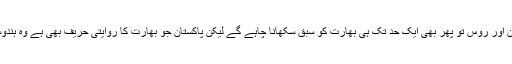
بھارتی قیادت اور بھارتی افواج خوب اچھی طرح سے جانتی ہے کہ چین اور روس تو پھر بھی ایک حد تک ہی بھارت کو سبق سکھانا چاہے گے لیکن پاکستان جو بھارت کا روایتی حریف بھی ہے وہ ہندوستان کے حصہ ،بخرے کرنے میں اپنی آخری حد تک ضرور جائے گا۔